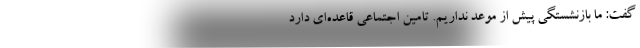
گفت: ما بازنشستگی پیش از موعد نداریم. تامین اجتماعی قاعده‌ای دارد